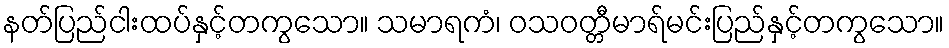
နတ်ပြည်ငါးထပ်နှင့်တကွသော။ သမာရကံ၊ ဝသဝတ္တီမာရ်မင်းပြည်နှင့်တကွသော။